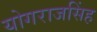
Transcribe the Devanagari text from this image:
योगराजसिंह